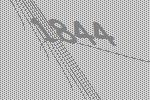
1844